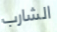
الشارب